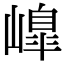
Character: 𡼗